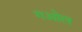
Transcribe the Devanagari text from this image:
गओल